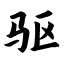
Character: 驱